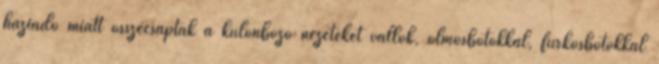
háziadó miatt összecsaptak a különböző nézeteket vallók, ólmosbotokkal, furkósbotokkal